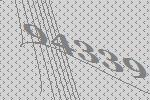
94339